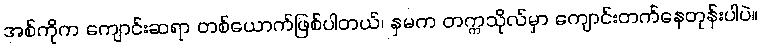
အစ်ကိုက ကျောင်းဆရာ တစ်ယောက်ဖြစ်ပါတယ်၊ နှမက တက္ကသိုလ်မှာ ကျောင်းတက်နေတုန်းပါပဲ။